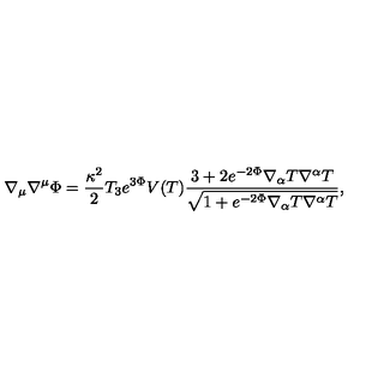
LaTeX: \nabla _ { \mu } \nabla ^ { \mu } \Phi = \frac { \kappa ^ { 2 } } { 2 } T _ { 3 } e ^ { 3 \Phi } V ( T ) \frac { 3 + 2 e ^ { - 2 \Phi } \nabla _ { \alpha } T \nabla ^ { \alpha } T } { \sqrt { 1 + e ^ { - 2 \Phi } \nabla _ { \alpha } T \nabla ^ { \alpha } T } } ,